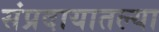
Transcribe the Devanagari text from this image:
संप्रदायातल्या